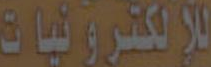
للالكترونيات